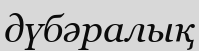
дүбәралық